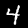
Digit: 4